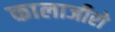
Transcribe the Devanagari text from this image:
कालाजीरो